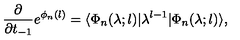
\frac { \partial } { \partial t _ { - 1 } } e ^ { \phi _ { n } ( l ) } = \langle \Phi _ { n } ( \lambda ; l ) | \lambda ^ { l - 1 } | \Phi _ { n } ( \lambda ; l ) \rangle ,